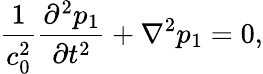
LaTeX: \frac{1}{c_{0}^{2}}\frac{\partial^{2}p_{1}}{\partial t^{2}}+\nabla^{2}p_{1}=0,